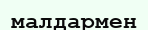
малдармен